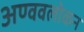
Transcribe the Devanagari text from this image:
अण्ववलोकन